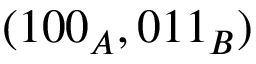
( 1 0 0 _ { A } , 0 1 1 _ { B } )